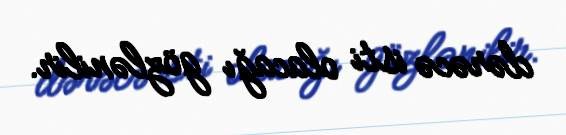
dərəcə isti olacağı gözlənilir.